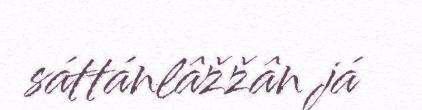
sáttánlâžžân já